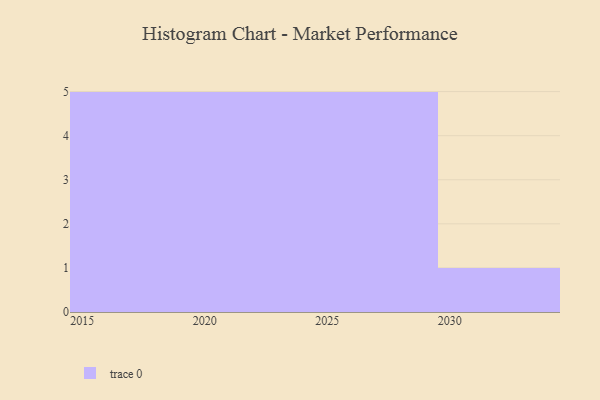
{"axis": {"x": "Year", "y": "Inventory Turnover"}, "legend": [""], "data": [{"x": "2015", "y": 28, "type": ""}, {"x": "2026", "y": 56, "type": ""}, {"x": "2027", "y": 13, "type": ""}, {"x": "2028", "y": 58, "type": ""}, {"x": "2029", "y": 37, "type": ""}, {"x": "2019", "y": 87, "type": ""}, {"x": "2017", "y": 89, "type": ""}, {"x": "2023", "y": 7, "type": ""}, {"x": "2022", "y": 74, "type": ""}, {"x": "2020", "y": 25, "type": ""}, {"x": "2025", "y": 62, "type": ""}, {"x": "2018", "y": 65, "type": ""}, {"x": "2024", "y": 53, "type": ""}, {"x": "2030", "y": 38, "type": ""}, {"x": "2021", "y": 95, "type": ""}, {"x": "2016", "y": 70, "type": ""}]}